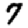
Digit: 7